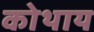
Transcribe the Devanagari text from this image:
कोथाय